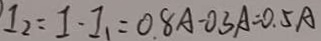
I _ { 2 } = I - I _ { 1 } = 0 . 8 A - 0 . 3 A = 0 . 5 A